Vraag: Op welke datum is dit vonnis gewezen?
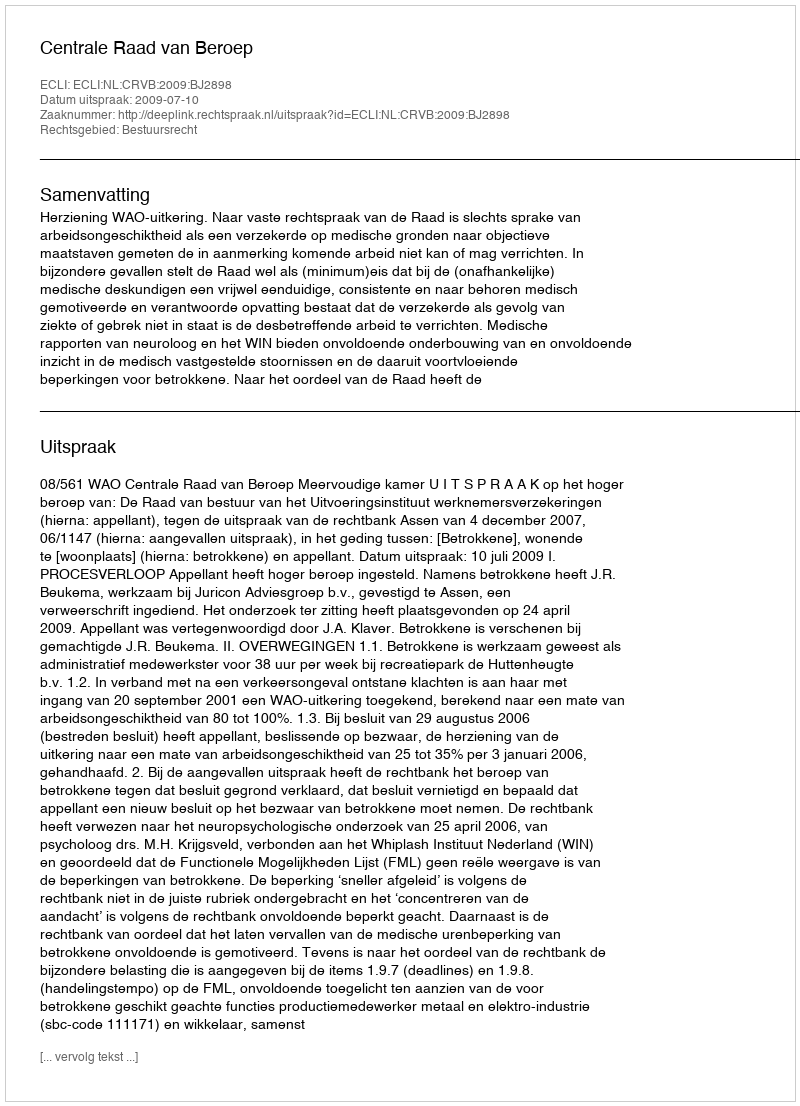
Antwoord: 2009-07-10